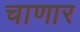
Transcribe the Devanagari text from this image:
चाणार